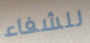
للشفاء